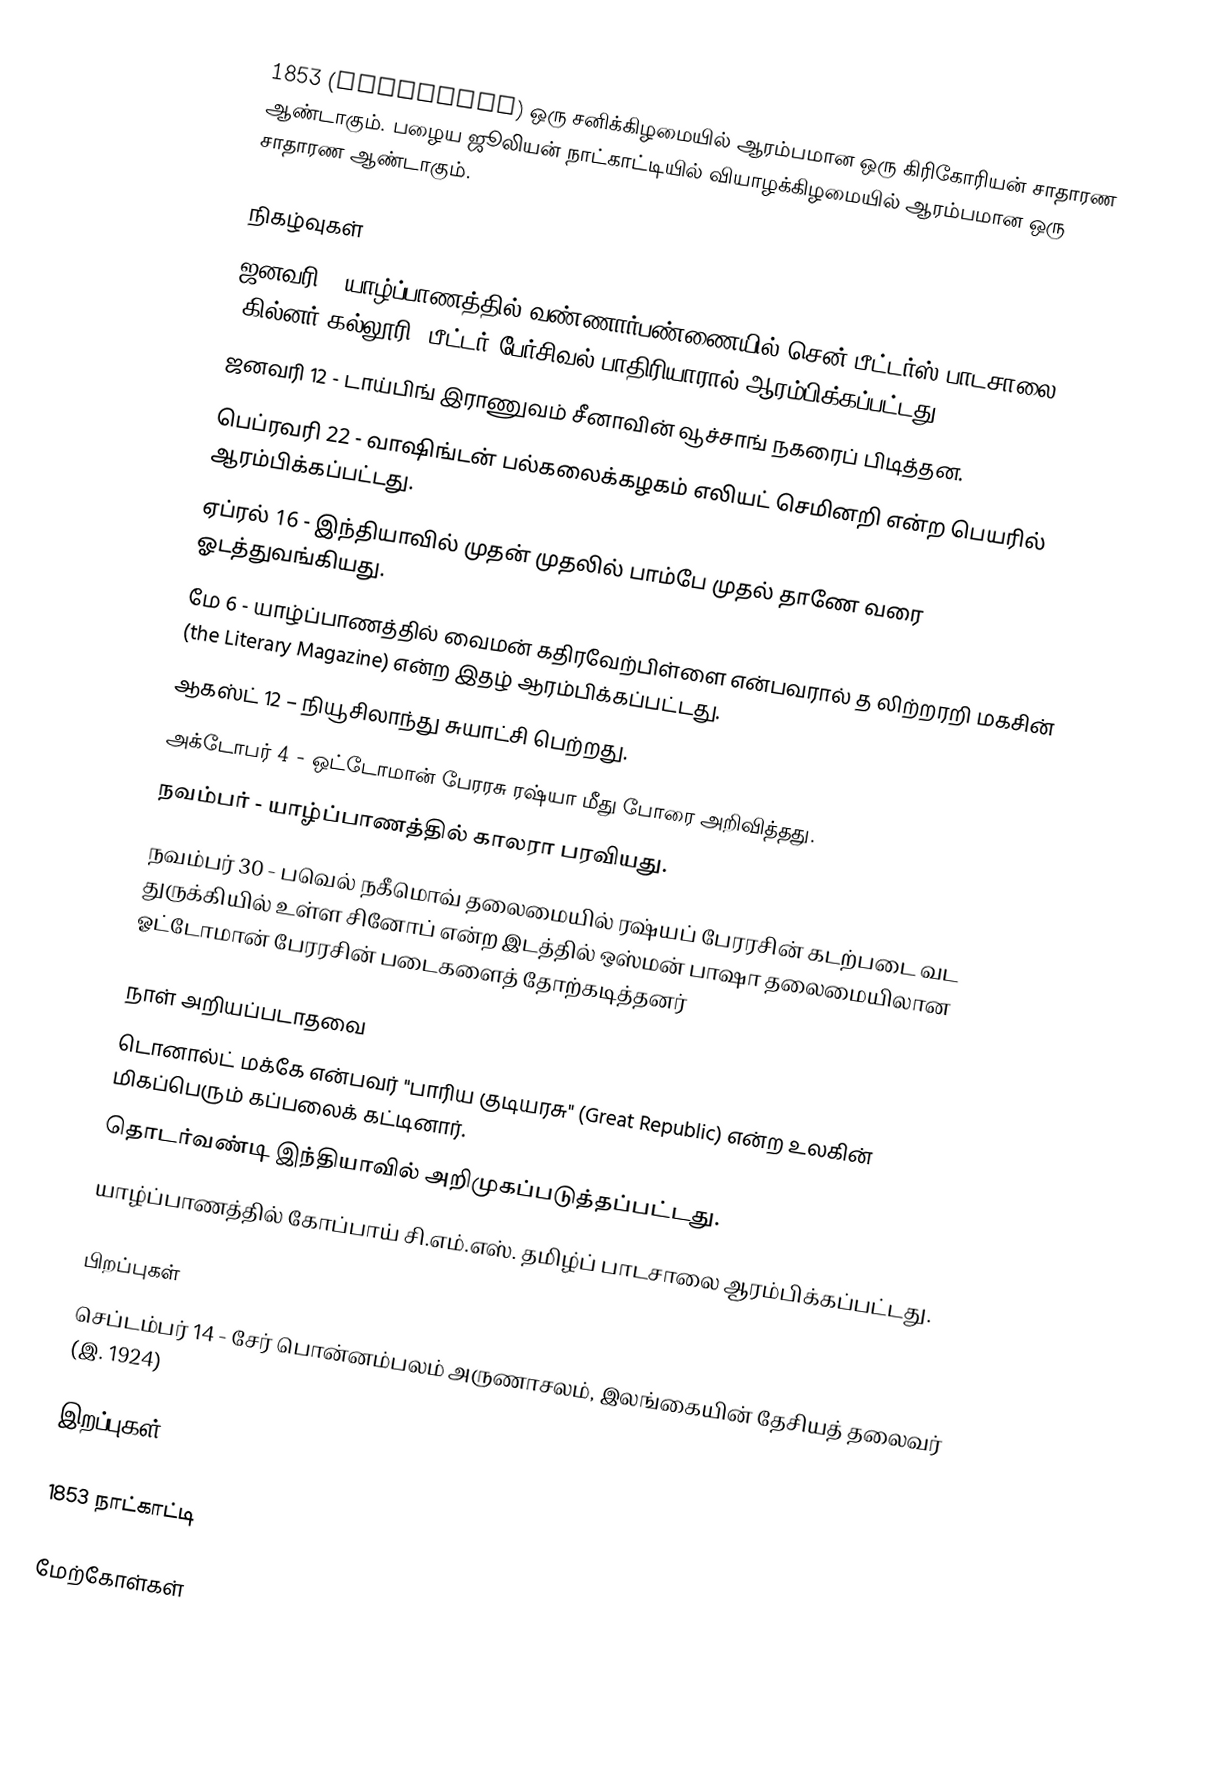
1853 (MDCCCLIII) ஒரு சனிக்கிழமையில் ஆரம்பமான ஒரு கிரிகோரியன் சாதாரண ஆண்டாகும். பழைய ஜூலியன் நாட்காட்டியில் வியாழக்கிழமையில் ஆரம்பமான ஒரு சாதாரண ஆண்டாகும்.

நிகழ்வுகள்
 ஜனவரி - யாழ்ப்பாணத்தில் வண்ணார்பண்ணையில் சென் பீட்டர்ஸ் பாடசாலை (கில்னர் கல்லூரி) பீட்டர் பேர்சிவல் பாதிரியாரால் ஆரம்பிக்கப்பட்டது.
 ஜனவரி 12 - டாய்பிங் இராணுவம் சீனாவின் வூச்சாங் நகரைப் பிடித்தன.
 பெப்ரவரி 22 - வாஷிங்டன் பல்கலைக்கழகம் எலியட் செமினறி என்ற பெயரில் ஆரம்பிக்கப்பட்டது.
 ஏப்ரல் 16 - இந்தியாவில் முதன் முதலில் பாம்பே முதல் தாணே வரை ஓடத்துவங்கியது.
 மே 6 - யாழ்ப்பாணத்தில் வைமன் கதிரவேற்பிள்ளை என்பவரால் த லிற்றரறி மகசின் (the Literary Magazine) என்ற இதழ் ஆரம்பிக்கப்பட்டது.
 ஆகஸ்ட் 12 – நியூசிலாந்து சுயாட்சி பெற்றது.
 அக்டோபர் 4 - ஒட்டோமான் பேரரசு ரஷ்யா மீது போரை அறிவித்தது.
 நவம்பர் - யாழ்ப்பாணத்தில் காலரா பரவியது.
 நவம்பர் 30 - பவெல் நகீமொவ் தலைமையில் ரஷ்யப் பேரரசின் கடற்படை வட துருக்கியில் உள்ள சினோப் என்ற இடத்தில் ஒஸ்மன் பாஷா தலைமையிலான ஓட்டோமான் பேரரசின் படைகளைத் தோற்கடித்தனர்

நாள் அறியப்படாதவை
 டொனால்ட் மக்கே என்பவர் "பாரிய குடியரசு" (Great Republic) என்ற உலகின் மிகப்பெரும் கப்பலைக் கட்டினார்.
 தொடர்வண்டி இந்தியாவில் அறிமுகப்படுத்தப்பட்டது.
 யாழ்ப்பாணத்தில் கோப்பாய் சி.எம்.எஸ். தமிழ்ப் பாடசாலை ஆரம்பிக்கப்பட்டது.

பிறப்புகள்
 செப்டம்பர் 14 - சேர் பொன்னம்பலம் அருணாசலம், இலங்கையின் தேசியத் தலைவர் (இ. 1924)

இறப்புகள்

1853 நாட்காட்டி

மேற்கோள்கள்